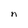
Character: n